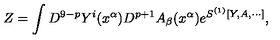
Z = \int D ^ { 9 - p } Y ^ { i } ( x ^ { \alpha } ) D ^ { p + 1 } A _ { \beta } ( x ^ { \alpha } ) e ^ { S ^ { ( 1 ) } [ Y , A , \cdots ] } ,